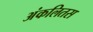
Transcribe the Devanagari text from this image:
अंकलितस